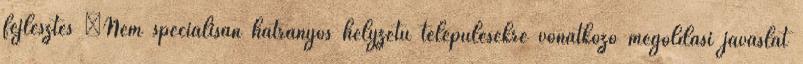
fejlesztés ▪Nem speciálisan hátrányos helyzetű településekre vonatkozó megoldási javaslat